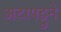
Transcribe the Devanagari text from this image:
अटापट्टुने